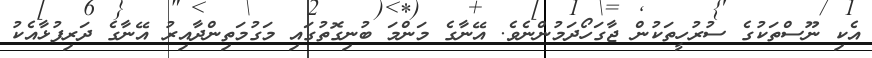
އެކި ނޫސްތަކުގެ ސުރުހީތަކުން ޖާގަހޯދަމުންނެވެ. އޭނާގެ މަންމަ ބުނިގޮތުގައި މަގުމަތިންދާއިރު އޭނާގެ ދަރިފުޅާއެކު